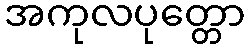
အကုလပုတ္တော